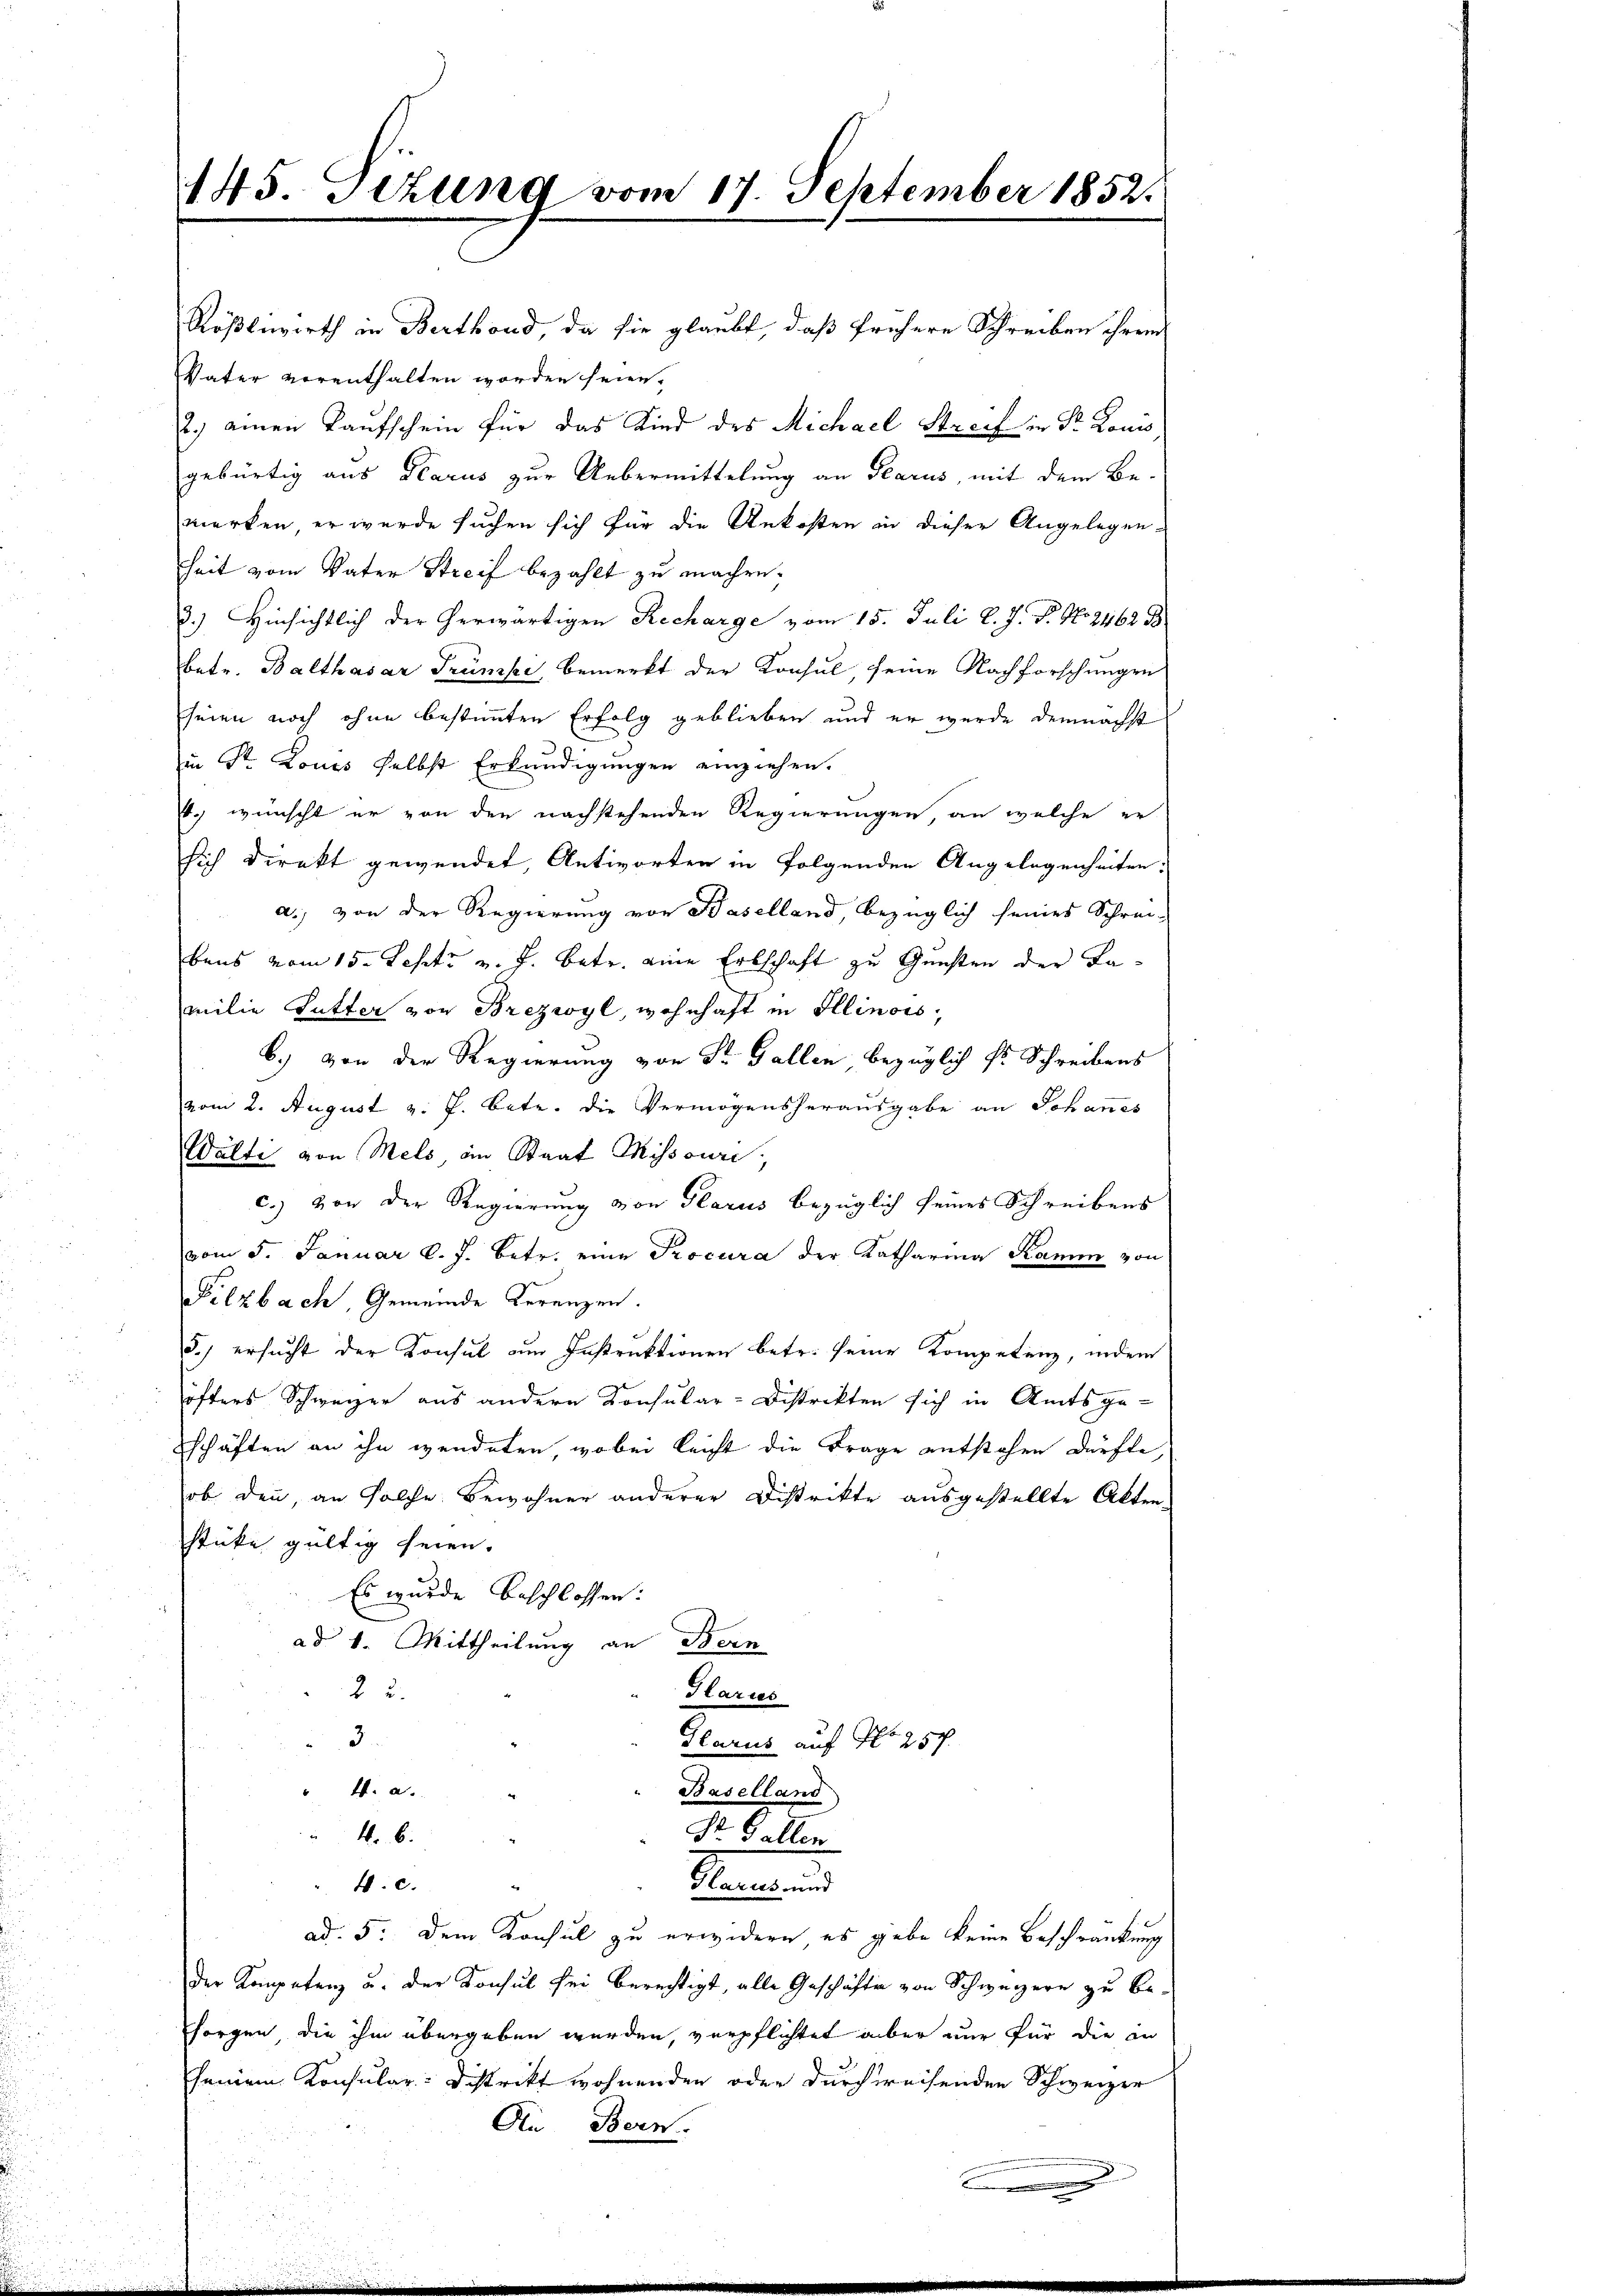
145. Sezung vom 17. September 1852.

Rößliwirth in Berthond, da sie glaubt, daß frühere Schreiben ihrem
Vater verenthalten worden seien.
2.) einen Kaufschein für das Kind des Michael Streif in Dr. Louis
gebürtig aus Glarus zur Uebermittelung an Glarus, mit dem Be-
merken, er wurde suchen sich für die Ankosten in dieser Angelegen-
heit vom Vater Streif bezahlt zu machen.
8.) Hinsichtlich der herwärtigen Recharge vom 15. Juli l. J. P. No 3462 B
betr. Balthasar Trünke, bemerkt der Konsul, seine Nachforschungen
seien noch ohne bestimmten Erfolg geblieben und er wurde demnächst
in St. Louis selbst Erkundigungen einziehen.
.) wünscht er von den nachstehenden Regierungen, an welche er
sich Direkt gewendet, Antworten in folgenden Angelegenheiten.
a.) von der Regierung von Baselland, bezüglich seines Schrei-
bens vom 15. Sept. v. J. betr. eine Erbschaft zu Gunsten der Lamilie Futter von Brezwyl, wohnhaft in Illinois.
b.) Von der Regierung von Sr. Gallen bezüglich fr. Schreibens
vom 2. August v. J. betr. die Vermögensherausgabe an Johannes
Wälti von Mels, im Staat Missouri,
c.) von der Regierung von Glarus bezüglich seines Schreibens
vom 5. Januar l. J. betr. eine Procura der Katharina Kamm von
Filzbach, Gemeinde Kerenzen.
3.) ersucht der Konsul am Instruktionen betr. seine Kompetenz, indem
öfters Schweizer aus andern Konsular-Distrikten sich in Amtsge-
schäften an ihn wendeten, wobei leicht die Frage entstehen dürfte,
ob denn, an solche Bewohner anderer Distrikte ausgestellte Akten-
stücke gültig seien.
Es wurde beschlossen:
ad 1. Mittheilung an Bern
22.
Glarus
3.
Glarus auf No 257.
4. a.
Baselland
4. b.
Dr. Gallen
Glarus und
W. c.
ad. 5. Dem Konsul zu erwidern es gebe keine Beschränkung
Der Kompetenz u. der Konsul sei berechtigt, alle Geschäfte von Schweizern zu besorgen die ihm übergeben werden, verpflichtet aber nur für die in
seinem Konsular- Distrikt wohnenden oder durchweisenden Schweizer
An Bern.

e